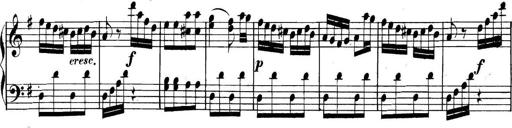
Title: Collected Piano Sonatas
Composer: Muzio Clementi